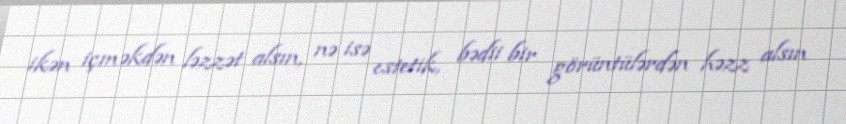
ikən içməkdən ləzzət alsın, nə isə estetik, bədii bir görüntülərdən həzz alsın